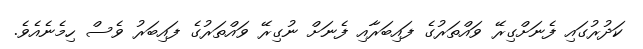
ކަދުރުގައި ފެނަށްގިރޭ ވައްތަރުގެ ފައިބަރާއި ފެނަށް ނުގިރޭ ވައްތަރުގެ ފައިބަރު ވެސް ހިމެނެއެވެ.